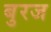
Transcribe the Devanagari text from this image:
बुरज